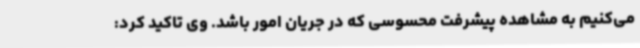
می‌کنیم به مشاهده پیشرفت محسوسی که در جریان امور باشد. وی تاکید کرد: